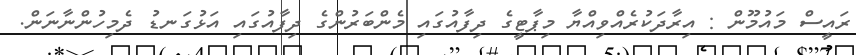
ރައީސް މައުމޫން : އިރާދަކުރެއްވިއްޔާ މިޕާޓީގެ ދިފާއުގައި މެންބަރުންގެ ދިފާއުގައި އަޅުގަނޑު ދެމިހުންނާނަން.